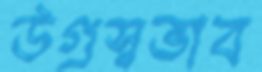
উগ্রস্বভাব